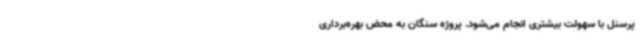
پرسنل با سهولت بیشتری انجام می‌شود. پروژه سنگان به محض بهره‌برداری